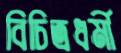
বিচিত্রধর্মী